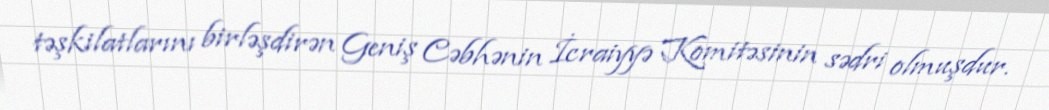
təşkilatlarını birləşdirən Geniş Cəbhənin İcraiyyə Komitəsinin sədri olmuşdur.